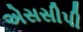
એસસીપી